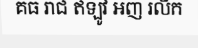
គធ រាជ ឥឡូវ អញ រលឹក